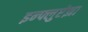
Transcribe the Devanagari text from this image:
इन्‍फ्लुएंझा